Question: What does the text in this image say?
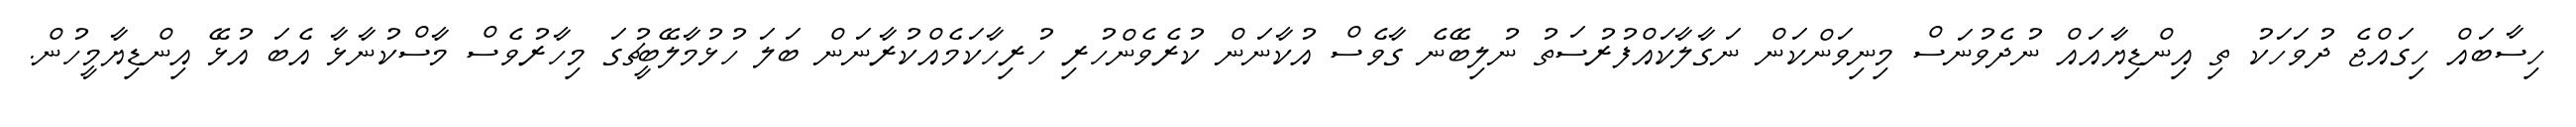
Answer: ހިސާބައް ހިގައްޖެ ދުވަހަކު ތި އިންޑިޔާއައް ނުދެވުނަސް މިނިވަންކަން ނަގާލާކައްފުރުސަތު ނުލިބޭނެ ގާވެސް އުކާނަން ކުރެވެންހުރި ހުރިހާކަމެއްކުރާނަން ބަލަ ހުޅުމާލޭބީޗުގަ މިހާރުވެސް މާސްކުނާޅާ އެބަ އުޅޭ އިންޑިޔާމީހުން.